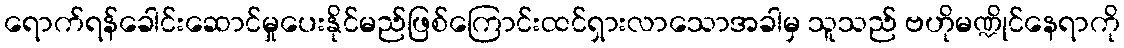
ရောက်ရန်ခေါင်းဆောင်မှုပေးနိုင်မည်ဖြစ်ကြောင်းထင်ရှားလာသောအခါမှ သူသည် ဗဟိုမဏ္ဍိုင်နေရာကို